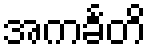
အကင်္ခတိ